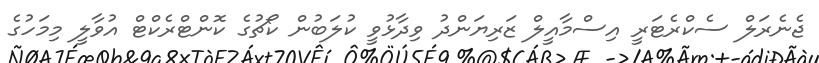
ޖެނެރަލް ސެކްރެޓަރީ އިސްމާއީލް ޒަރިޔަންދު ވިދާޅުވީ ކުލަބުން ކޯޗުގެ ކޮންޓްރެކްޓް އުވާލީ މިމަހުގެ